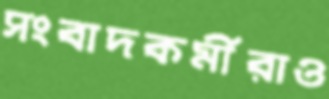
সংবাদকর্মীরাও